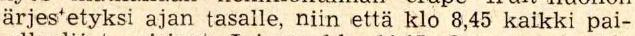
järjes'etyksi ajan tasalle, niin että klo 8.45 kaikki pai-